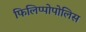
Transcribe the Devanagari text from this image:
फिलिप्पोपोलिस